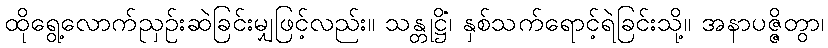
ထိုရွေ့လောက်ညှဉ်းဆဲခြင်းမျှဖြင့်လည်း။ သန္တုဋ္ဌိံ၊ နှစ်သက်ရောင့်ရဲခြင်းသို့။ အနာပဇ္ဇိတွာ၊